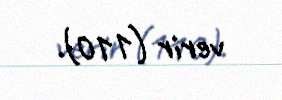
verir (110).